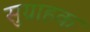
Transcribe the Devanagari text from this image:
सुग्राहक